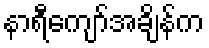
နာရီကျော်အချိန်က